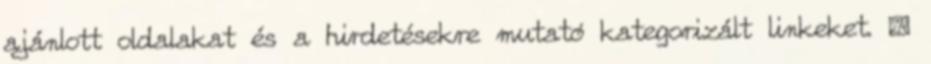
ajánlott oldalakat és a hirdetésekre mutató kategorizált linkeket. ›